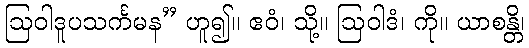
ဩဝါဒူပသင်္ကမန” ဟူ၍။ ဧဝံ၊ သို့။ ဩဝါဒံ၊ ကို။ ယာစန္တိ၊